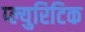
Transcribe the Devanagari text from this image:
प्ल्युरिटिक